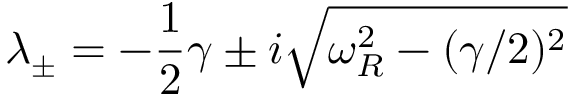
\lambda _ { \pm } = - \frac { 1 } { 2 } \gamma \pm i \sqrt { \omega _ { R } ^ { 2 } - ( \gamma / 2 ) ^ { 2 } }